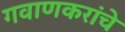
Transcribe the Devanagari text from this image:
गवाणकरांचे